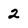
Character: 2